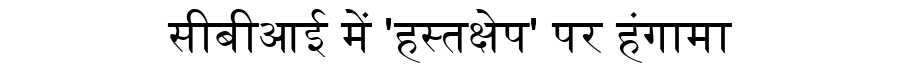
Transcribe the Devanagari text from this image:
सीबीआई में 'हस्तक्षेप' पर हंगामा